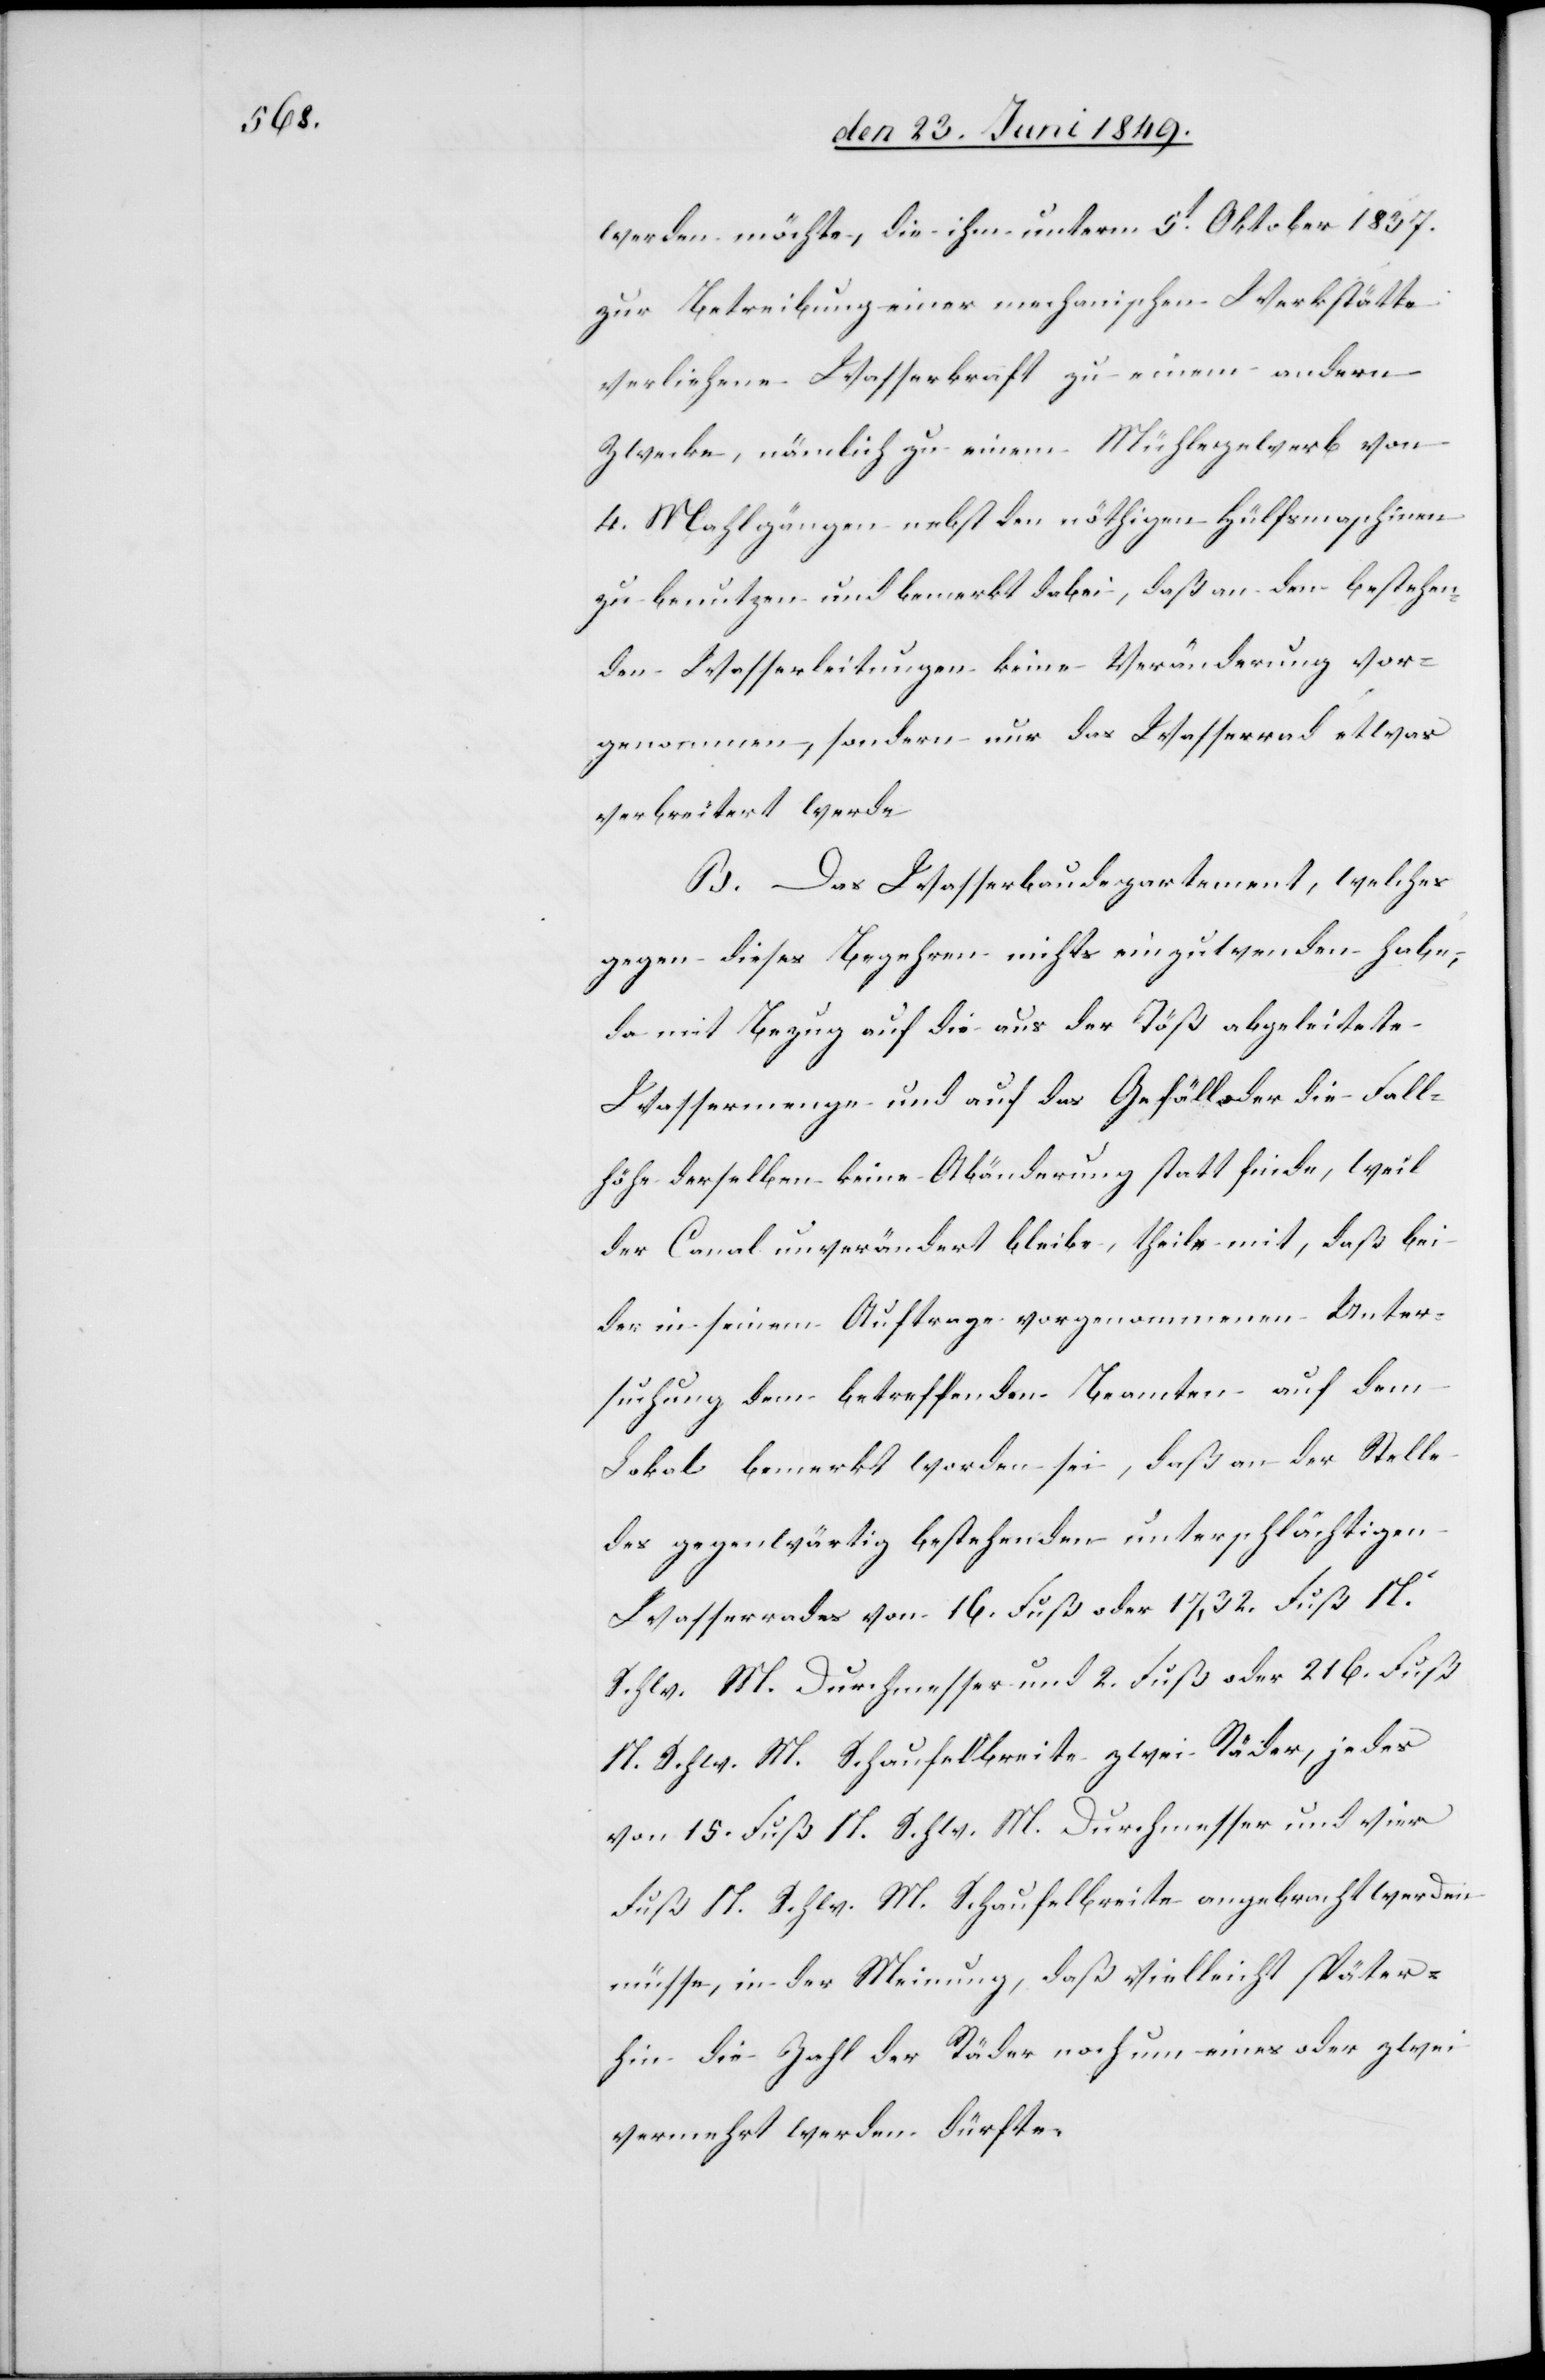
werden möchte, die ihm unterm 5t Oktober 1837.
zur Betreibung einer mechanischen Werkstätte
verliehene Wasserkraft zu einem andern
Zwecke, nämlich zu einem Mühlegewerb von
4. Mahlgängen nebst den nöthigen Hülfsmaschinen
zu benutzen und bemerkt dabei, daß an den bestehen¬
den Wasserleitungen keine Veränderung vor¬
genommen, sondern nur das Wasserrad etwas
verbreitert werde
B. Das Wasserbaudepartement, welches
gegen dieses Begehren nichts einzuwenden habe,
da mit Bezug auf die aus der Töß abgeleitete
Wasserungen und auf das Gefäll oder die Fall¬
höhe derselben keine Abänderung statt finde, weil
der Canal unverändert bleibe, theile mit, daß bei
der in seinem Auftrag vorgenommenen Unter¬
suchung dem betreffenden Beamten auf dem
Lokal bemerkt worden sei, daß an der Stelle
des gegenwärtig bestehenden unterschlächtigen
Wasserrades von 16. Fuß oder 17,32. Fuß N.
Schwe. M. Durchmesser und vier Fuß
N. Schwe. M. Schaufelbreite angebracht werden
müsse, in der Meinung, daß vielleicht später¬
hin die Zahl der Räder noch um eines oder zwei
vermehrt werden dürften.